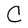
Character: C